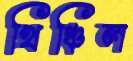
খিঞ্চিল